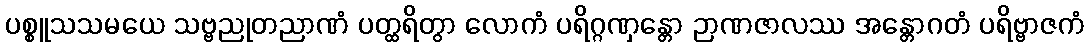
ပစ္စူသသမယေ သဗ္ဗညုတညာဏံ ပတ္ထရိတွာ လောကံ ပရိဂ္ဂဏှန္တော ဉာဏဇာလဿ အန္တောဂတံ ပရိဗ္ဗာဇကံ